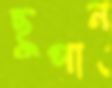
ছুপান